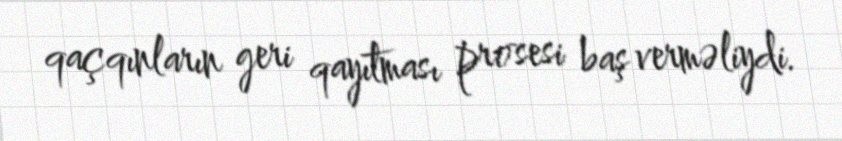
qaçqınların geri qayıtması prosesi baş verməliydi.